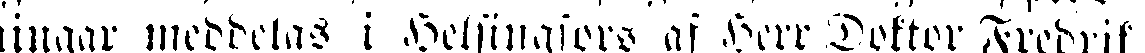
ningar meddelas i Helsingfors af Herr Doktor Fredrik